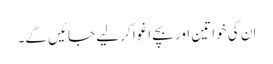
ان کی خواتین اور بچے اغوا کر لیے جائیں گے۔